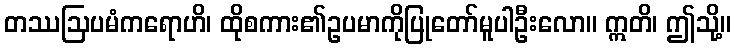
တဿဩပမံကရောဟိ၊ ထိုစကား၏ဥပမာကိုပြုတော်မူပါဦးလော။ ဣတိ၊ ဤသို့။